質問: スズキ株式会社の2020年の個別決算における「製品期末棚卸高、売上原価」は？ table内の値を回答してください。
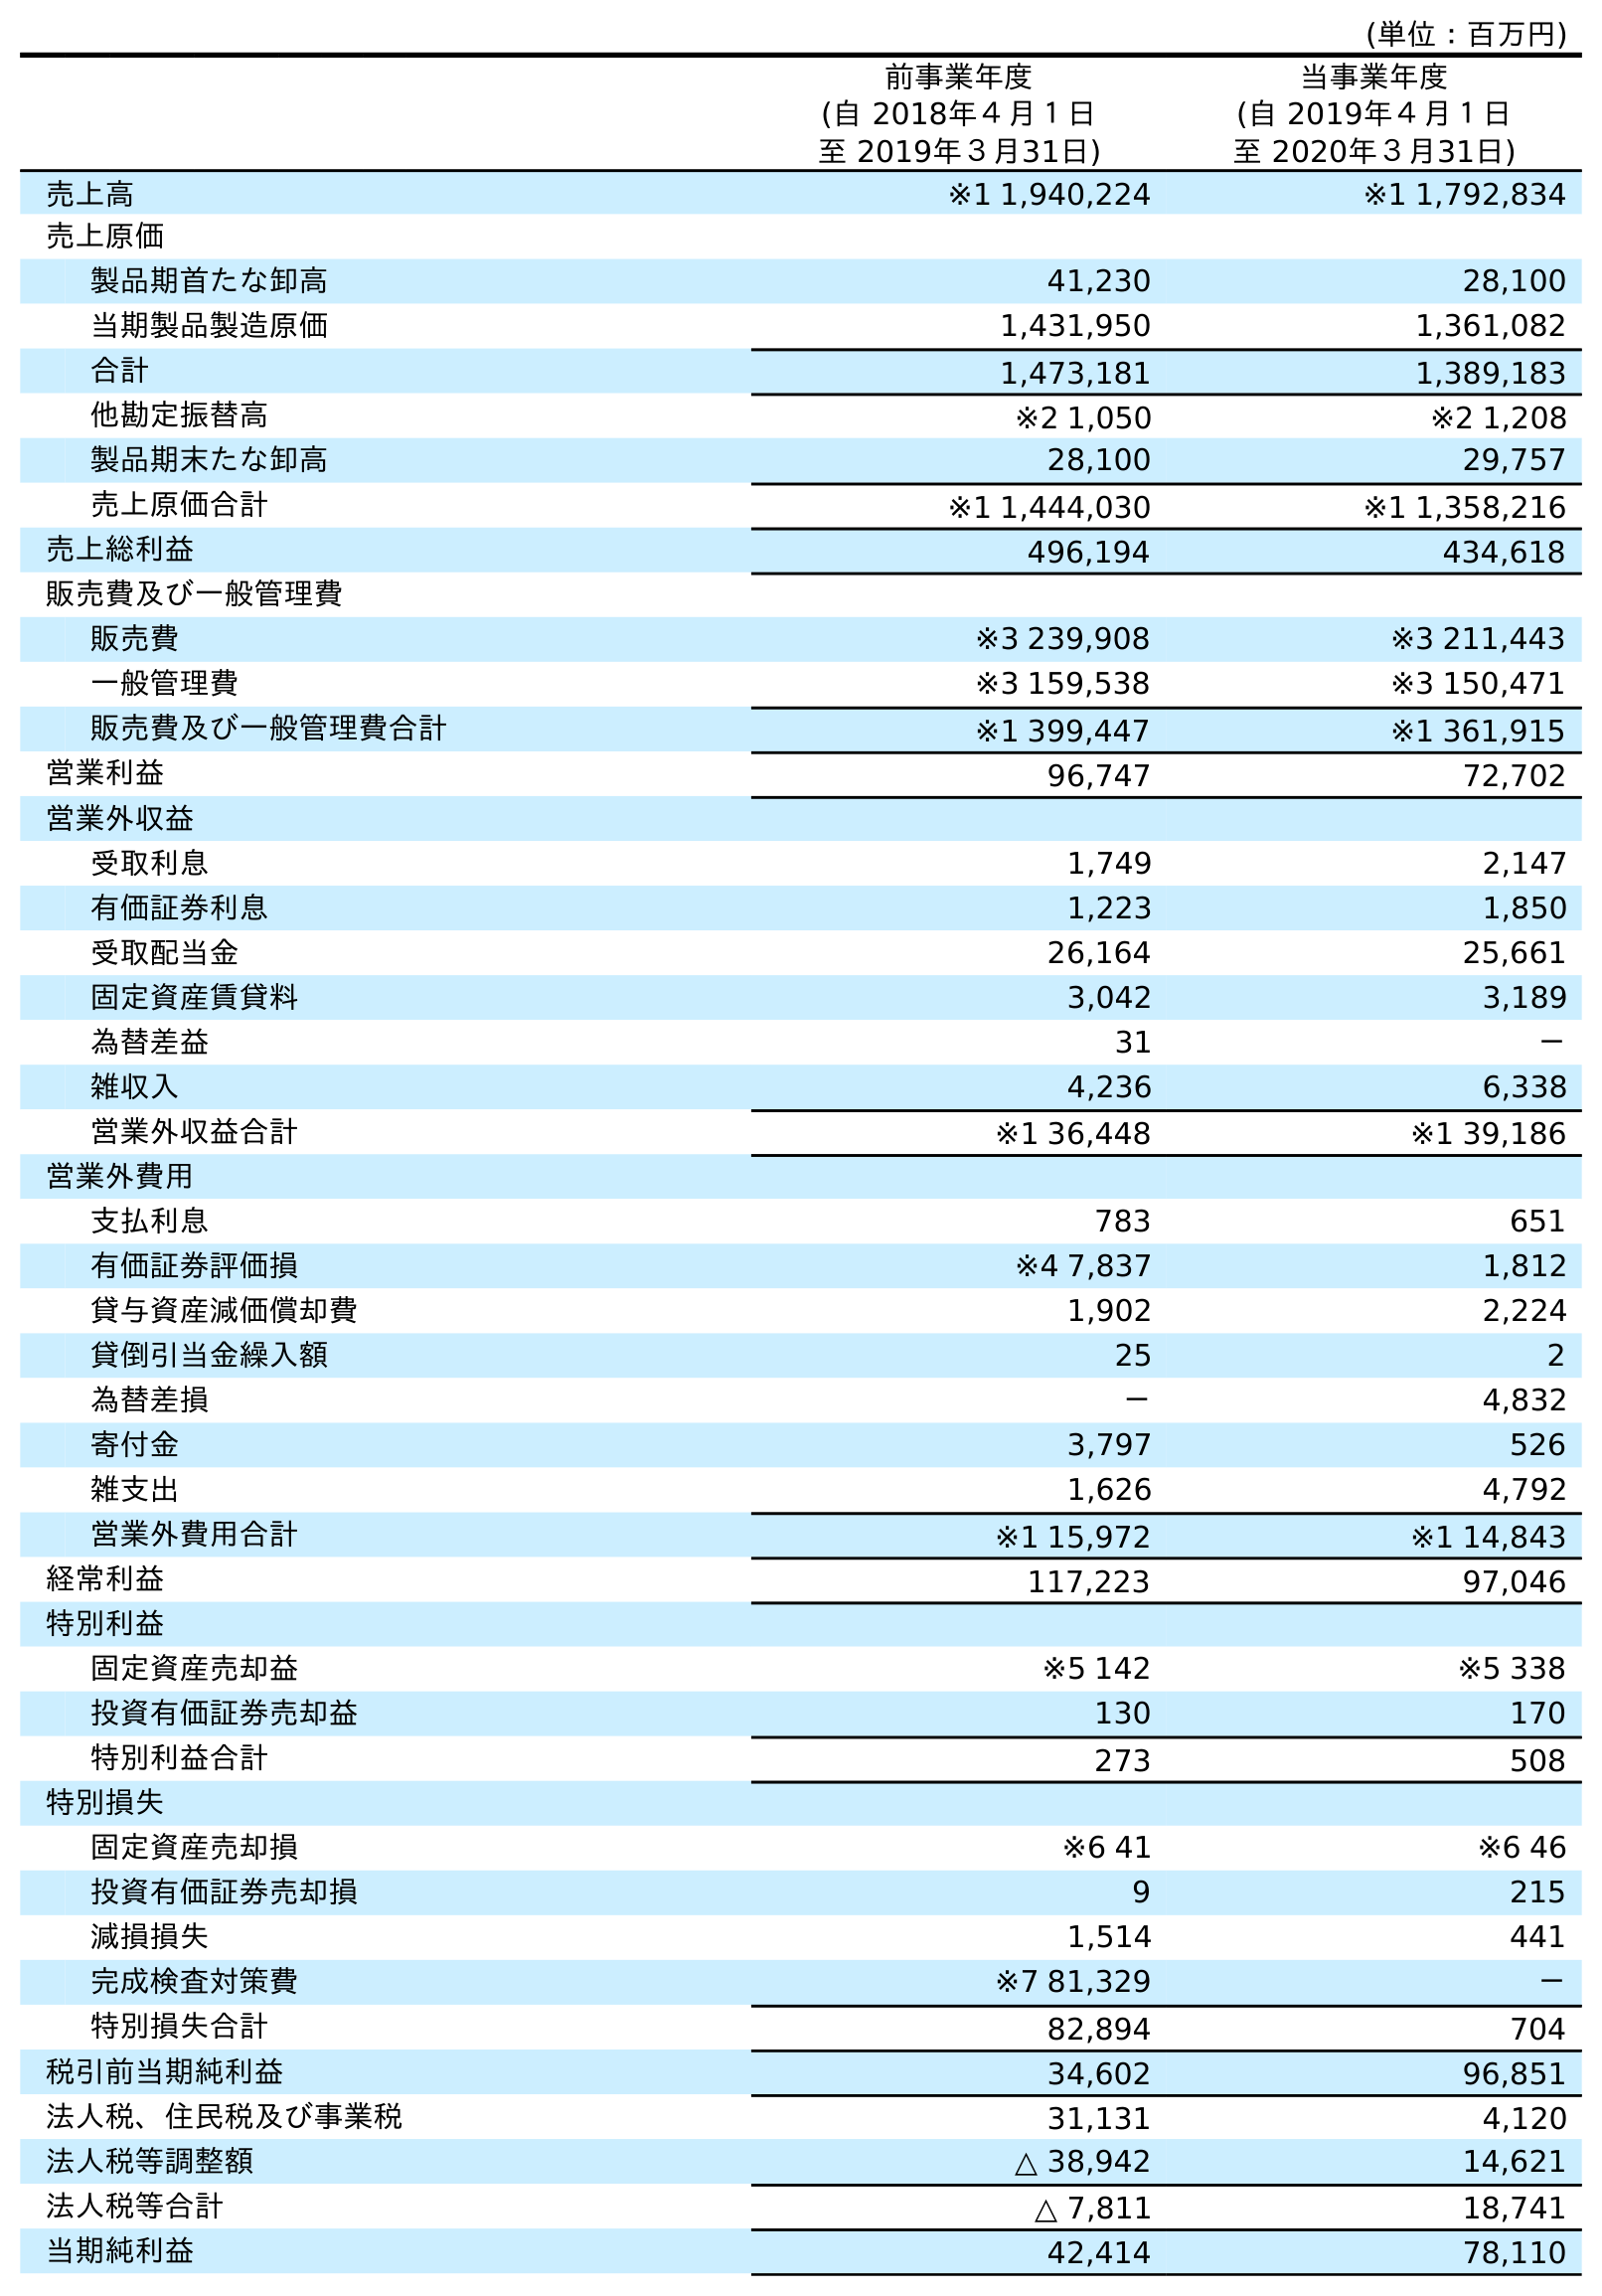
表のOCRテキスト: (単位：百万円) 前事業年度 (自 2018年４月１日 至 2019年３月31日) 当事業年度 (自 2019年４月１日 至 2020年３月31日) 売上高 ※1 1,940,224 ※1 1,792,834 売上原価 製品期首たな卸高 41,230 28,100 当期製品製造原価 1,431,950 1,361,082 合計 1,473,181 1,389,183 他勘定振替高 ※2 1,050 ※2 1,208 製品期末たな卸高 28,100 29,757 売上原価合計 ※1 1,444,030 ※1 1,358,216 売上総利益 496,194 434,618 販売費及び一般管理費 販売費 ※3 239,908 ※3 211,443 一般管理費 ※3 159,538 ※3 150,471 販売費及び一般管理費合計 ※1 399,447 ※1 361,915 営業利益 96,747 72,702 営業外収益 受取利息 1,749 2,147 有価証券利息 1,223 1,850 受取配当金 26,164 25,661 固定資産賃貸料 3,042 3,189 為替差益 31 － 雑収入 4,236 6,338 営業外収益合計 ※1 36,448 ※1 39,186 営業外費用 支払利息 783 651 有価証券評価損 ※4 7,837 1,812 貸与資産減価償却費 1,902 2,224 貸倒引当金繰入額 25 2 為替差損 － 4,832 寄付金 3,797 526 雑支出 1,626 4,792 営業外費用合計 ※1 15,972 ※1 14,843 経常利益 117,223 97,046 特別利益 固定資産売却益 ※5 142 ※5 338 投資有価証券売却益 130 170 特別利益合計 273 508 特別損失 固定資産売却損 ※6 41 ※6 46 投資有価証券売却損 9 215 減損損失 1,514 441 完成検査対策費 ※7 81,329 － 特別損失合計 82,894 704 税引前当期純利益 34,602 96,851 法人税、住民税及び事業税 31,131 4,120 法人税等調整額 △ 38,942 14,621 法人税等合計 △ 7,811 18,741 当期純利益 42,414 78,110
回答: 29,757